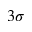
3 \sigma